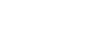
လမ္ဗိတွာ